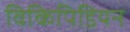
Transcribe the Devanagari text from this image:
विकिपिडियन